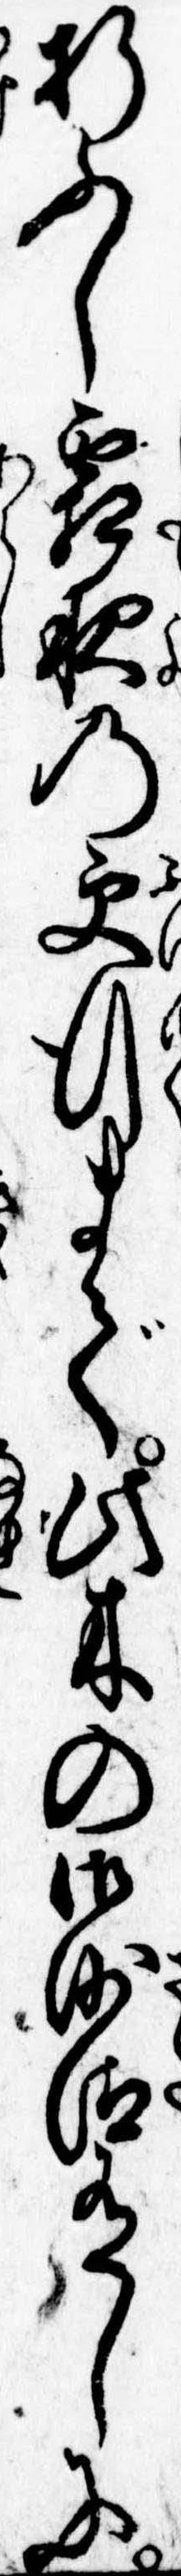
折ふし霜夜の更行まで此木の御沙汰有しに